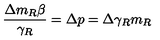
\frac { \Delta m _ { R } \beta } { \gamma _ { R } } = \Delta p = \Delta \gamma _ { R } m _ { R }